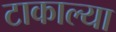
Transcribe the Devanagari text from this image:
टाकाल्या